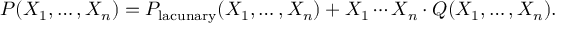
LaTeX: P ( X _ { 1 } , \ldots , X _ { n } ) = P _ { \mathrm { l a c u n a r y } } ( X _ { 1 } , \ldots , X _ { n } ) + X _ { 1 } \cdots X _ { n } \cdot Q ( X _ { 1 } , \ldots , X _ { n } ) .